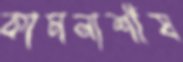
কামনাশীষ